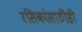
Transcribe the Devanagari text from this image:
रसिकांसाठीही